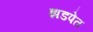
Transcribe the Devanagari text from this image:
झडपेत